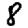
Digit: 8